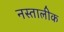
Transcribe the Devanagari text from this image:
नस्तालीक